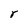
Character: r